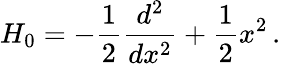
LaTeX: H_{0}=-\frac{1}{2}\frac{d^{2}}{dx^{2}}+\frac{1}{2}x^{2}\, .